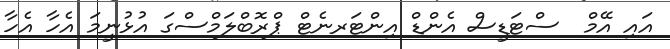
އައި އޭމް  ސްޓަޑީސް އެންޑް އިންޓަރނެޓް ޕްރޮބްލަމްސްގަ އުޅުނީމަ އެހާ އެހާ